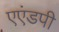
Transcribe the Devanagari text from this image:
एएंडपी